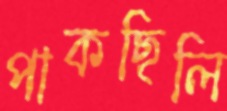
পাকছিলি